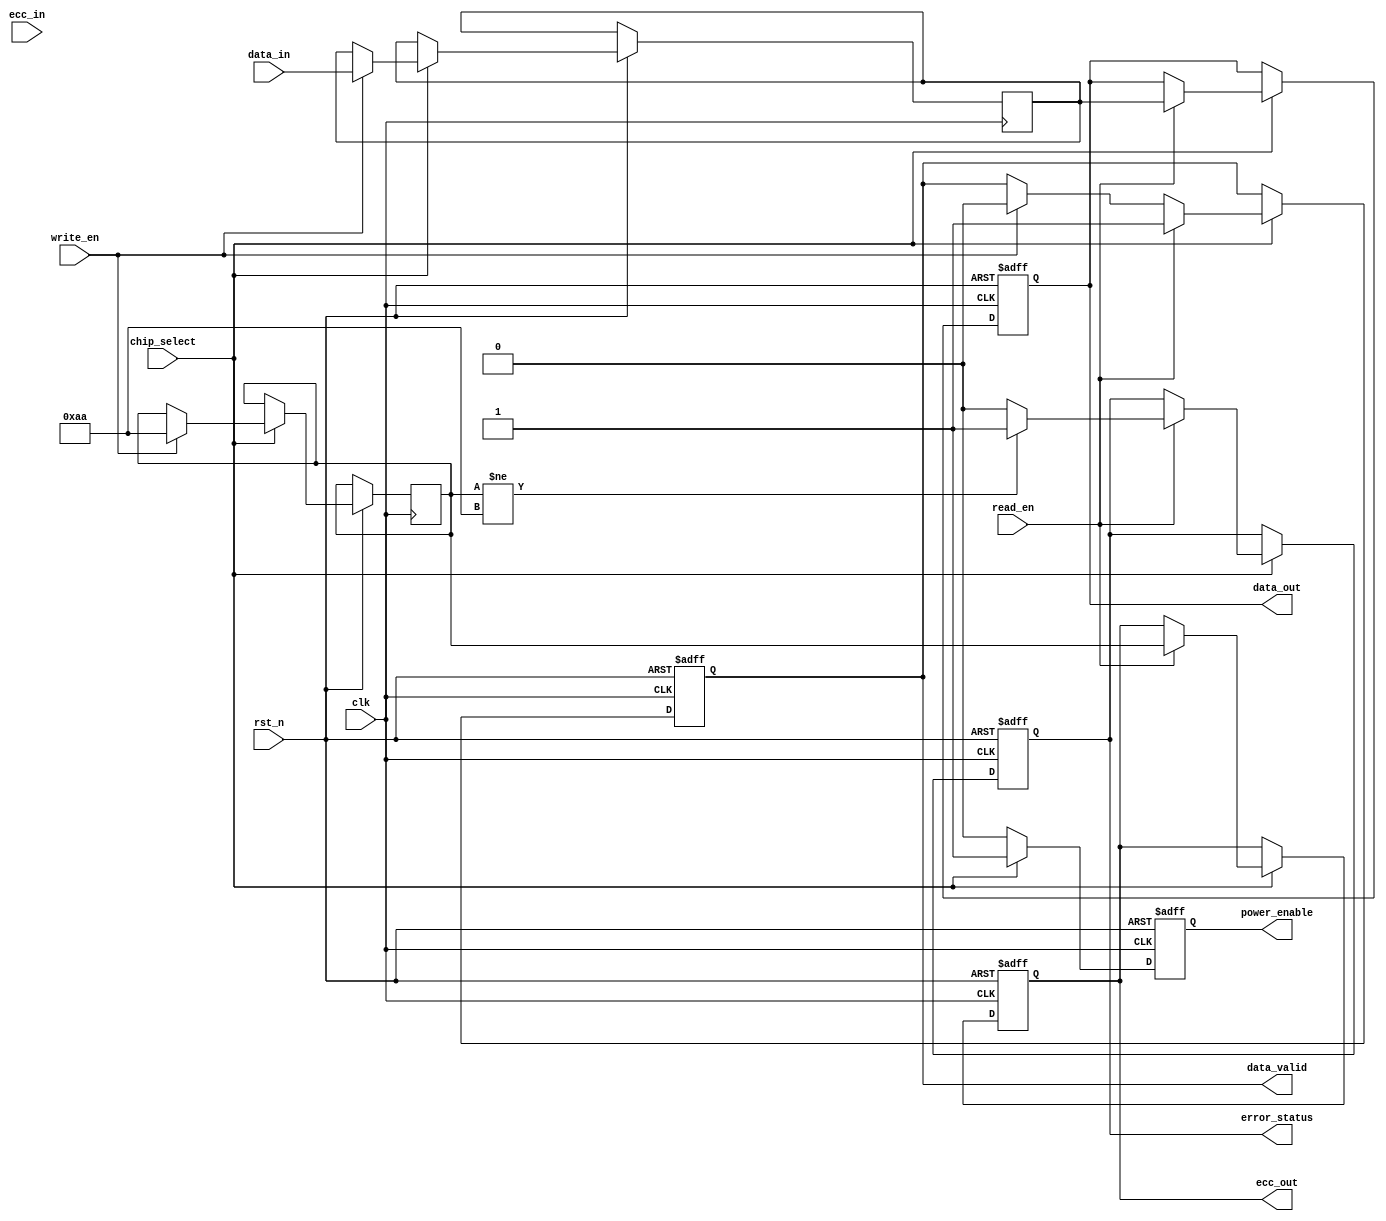
module ecc_dram_io_block (
    input wire clk,                 // Clock signal
    input wire rst_n,               // Active low reset
    input wire [63:0] data_in,      // Data input from memory controller
    input wire [7:0] ecc_in,        // ECC input from memory controller
    input wire read_en,             // Read enable signal
    input wire write_en,            // Write enable signal
    input wire chip_select,          // Chip select signal
    output reg [63:0] data_out,     // Data output to memory controller
    output reg [7:0] ecc_out,       // ECC output to memory controller
    output reg data_valid,          // Data valid signal
    output reg error_status,        // Error status signal
    output reg power_enable          // Power enable signal
);

    reg [63:0] data_buffer;          // Buffer for incoming data
    reg [7:0] ecc_buffer;            // Buffer for ECC data
    reg [63:0] corrected_data;       // Buffer for corrected data
    reg error_detected;              // Flag for error detection

    // ECC Encoding and Decoding (simplified)
    function [7:0] ecc_encode(input [63:0] data);
        // Implement ECC encoding logic here (e.g., Hamming code)
        // Placeholder: return dummy ECC bits
        ecc_encode = 8'hAA; // Example ECC
    endfunction

    function [63:0] ecc_decode(input [63:0] data, input [7:0] ecc);
        // Implement ECC decoding logic here (e.g., Hamming code)
        // Placeholder: return input data unchanged
        ecc_decode = data; // Example: no correction
    endfunction

    // Main I/O Logic
    always @(posedge clk or negedge rst_n) begin
        if (!rst_n) begin
            data_out <= 64'b0;
            ecc_out <= 8'b0;
            data_valid <= 1'b0;
            error_status <= 1'b0;
            power_enable <= 1'b0;
        end else begin
            if (chip_select) begin
                power_enable <= 1'b1; // Enable power when chip is selected

                // Write Operation
                if (write_en) begin
                    data_buffer <= data_in;
                    ecc_buffer <= ecc_encode(data_in);
                    // Write data and ECC to memory (not implemented here)
                    data_valid <= 1'b0; // Data not valid until read
                end

                // Read Operation
                if (read_en) begin
                    // Read data and ECC from memory (not implemented here)
                    data_out <= ecc_decode(data_buffer, ecc_buffer);
                    ecc_out <= ecc_buffer;

                    // Error detection logic (simplified)
                    error_detected = (ecc_buffer != ecc_encode(data_buffer));
                    if (error_detected) begin
                        error_status <= 1'b1; // Error detected
                        // Attempt to correct data (not implemented here)
                    end else begin
                        error_status <= 1'b0; // No error
                    end

                    data_valid <= 1'b1; // Data is valid after read
                end
            end else begin
                power_enable <= 1'b0; // Disable power when chip is not selected
            end
        end
    end
endmodule